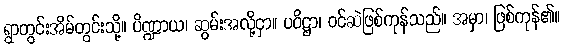
ရွာတွင်းအိမ်တွင်းသို့။ ပိဏ္ဍာယ၊ ဆွမ်းအလို့ငှာ။ ပဝိဋ္ဌာ၊ ဝင်ဆဲဖြစ်ကုန်သည်။ အမှာ၊ ဖြစ်ကုန်၏။